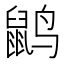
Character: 𲎇